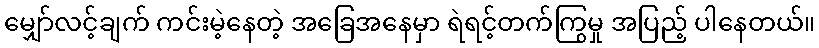
မျှော်လင့်ချက် ကင်းမဲ့နေတဲ့ အခြေအနေမှာ ရဲရင့်တက်ကြွမှု အပြည့် ပါနေတယ်။